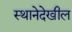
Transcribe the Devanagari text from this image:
स्थानेदेखील